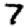
Digit: 7